Annual administration report of the Civil Veterinary Department of India - 1893-1894
Year: 1893
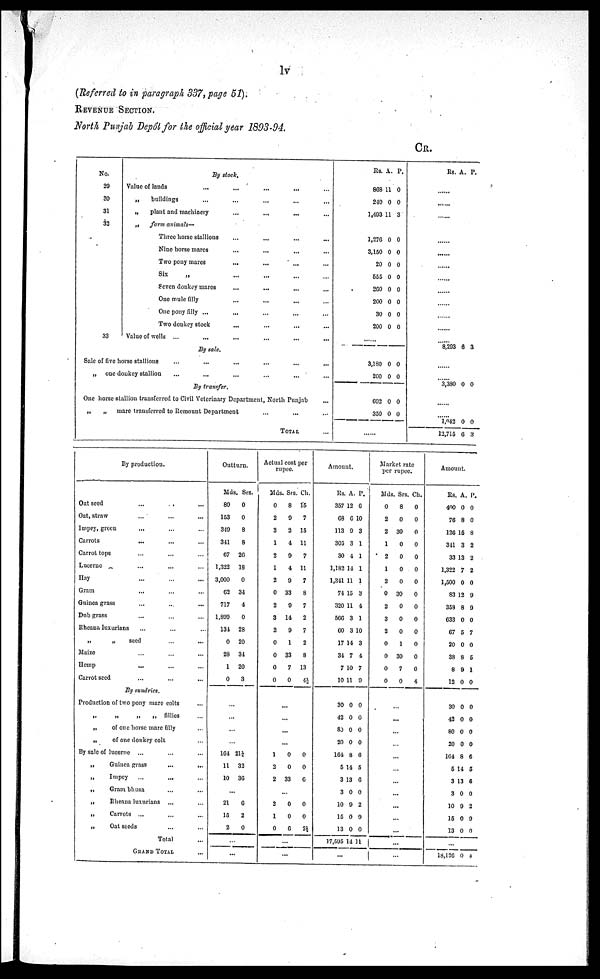
lv
(Referred to in paragraph 337, page 51).
REVENUE SECTION.
North Punjab Depôt for the official year 1893-94.
CR.
No.
29
30
31
33
33
By stock.
Value of lands
...
...
...
...
...
„
buildings ... ... ... ... ...
„
plant and machinery ... ... ... ... ...
„
farm animals—
Three horse stallions
...
...
...
...
...
Nine horse mares
...
...
...
...
...
Two pony mares
...
...
...
...
...
Six
„
...
...
...
...
Seven donkey mares ... ... ... ...
One mule filly ... ... ... ... ...
One pony filly ... ... ... ... ...
Two donkey stock
...
...
...
...
Value of wells ...
...
...
...
...
...
By sale.
Sale of five horse stallions
... ... ... ... ... ...
„ one doukey stallion ... ... ... ... ... ...
By transfer.
One horse stallion transferred to Civil Veterinary Department, North Punjab...
„
„ mare transferred to Remount Department ... ... ...
TOTAL ...
Its.
868
240
1,493
A.
11
0
11
P.
0
0
3
1,276
3,150
20
555
260
200
30
200
0
0
0
0
0
0
0
0
0
0
0
0
0
0
0
0
.......
3,180
200
692
350
0
0
0
0
0
0
0
0
.......
Rs. A. P.
......
......
......
......
......
......
......
......
......
......
......
......
......
8,203 6 3
........
........
3,330
0 0
......
......
1,942
12,715
0
6
0
3
By production.
Oat seed ... ... ...
Oat, straw ... ... ...
Impey, green ... ... ...
Carrots ... ... ...
Carrot tops ... ... ...
Lucerne ... ... ...
Hay ... ... ...
Gram ... ... ...
Guinea grass ... ... ...
Dub grass ... ... ...
Rheana luxurians ... ... ...
„
„
seed ... ...
Maize ... ... ...
Hemp ... ... ...
Carrot seed ... ... ...
By sundries.
Production of two pony mare colts ...
„ „„ „fillies ...
„
of one horse marefilly ...
„
of one donkey colt ...
By sale of lucerne ... ... ...
„
Guinea grass ... ...
„ Impey ... ... ...
„
Gram bhusa ... ...
„
Rheana
luxurians ... ...
„
Carrots ... ... ...
„
Oat seeds ... ...
Total ...
GRAND TOTAL ...
Outturn.
Mds.
80
153
349
341
67
1,322
3,000
62
717
1,899
134
0
28
1
0
Srs.
0
0
8
8
26
18
0
34
4
0
28
20
34
20
3
...
...
...
...
...
164
11
10
21¼
32
36
...
21
15
2
6
2
0
...
...
Actual cost per
rupee.
Mds.
0
2
3
1
2
1
2
0
2
3
2
0
0
0
0
Srs.
8
9
2
4
9
4
9
33
9
14
9
1
33
7
0
Ch.
15
7
15
11
7
11
7
8
7
2
7
2
8
13
4½
...
...
...
...
...
1
2
2
0
0
33
0
0
6
...
2
1
0
0
0
6
0
0
2½
...
...
Amount.
Rs.
357
68
113
305
30
1,183
1,341
74
320
566
60
17
34
7
10
A.
12
6
9
3
4
14
11
15
11
3
3
14
7
10
11
P.
6
10
3
1
1
1
1
3
4
1
10
3
4
7
9
30
42
80
20
164
5
3
3
10
15
13
17,595
0
0
0
0
8
14
13
0
9
0
0
14
0
0
0
0
6
5
6
0
2
9
0
11
...
Market rate
per rupee.
Mds.
0
2
2
1
2
1
2
0
2
3
2
0
0
0
0
Srs.
8
0
30
0
0
0
0
30
0
0
0
1
30
7
0
Ch.
0
0
0
0
0
0
0
0
0
0
0
0
0
0
4
...
...
.
..
.
..
...
...
...
...
...
...
...
...
...
...
Amount.
Rs.
400
76
126
341
33
1,322
1,500
83
358
633
67
20
38
8
12
A.
0
8
15
3
13
7
0
12
8
0
5
0
8
9
0
P.
0
0
8
2
2
2
0
9
9
0
7
0
5
1
0
...
30
42
80
20
164
5
3
3
10
15
13
0
0
0
0
8
14
13
0
9
0
0
0
0
0
0
6
5
6
0
2
0
0
...
18,126 0 4